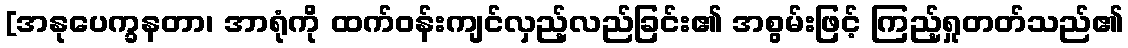
[အနုပေက္ခနတာ၊ အာရုံကို ထက်ဝန်းကျင်လှည့်လည်ခြင်း၏ အစွမ်းဖြင့် ကြည့်ရှုတတ်သည်၏